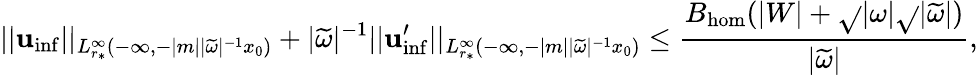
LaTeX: ||\mathbf{u}_{\mathrm{{inf}}}||_{L_{r_{*}}^{\infty}(-\infty,-|m||\widetilde{{\omega}}|^{-1}x_{0})}+|\widetilde{{\omega}}|^{-1}||\mathbf{u}_{\mathrm{{inf}}}^{\prime}||_{L_{r_{*}}^{\infty}(-\infty,-|m||\widetilde{{\omega}}|^{-1}x_{0})}\leq\frac{{B_{\mathrm{{hom}}}(|W|+\sqrt{}{{|\omega|}}\sqrt{}{{|\widetilde{{\omega}}|}})}}{{|\widetilde{{\omega}}|}},